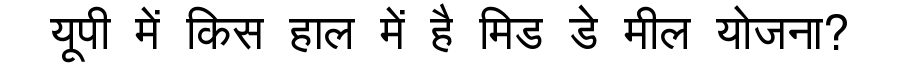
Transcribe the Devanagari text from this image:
यूपी में किस हाल में है मिड डे मील योजना?